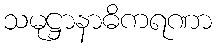
သမုဋ္ဌာနာဓိကရဏာ